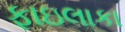
ફાઇલાકા